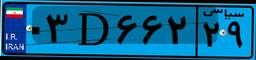
۰۳D۶۶۲۲۹